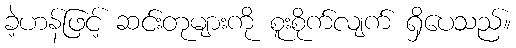
ခဲ့ဟန်ဖြင့် ဆင်းတုများကို စူးစိုက်လျက် ရှိပေသည်။